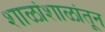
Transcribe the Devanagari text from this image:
शाळांशाळांतून